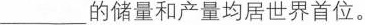
___ 的储量和产量均居世界首位。